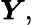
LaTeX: \boldsymbol{Y},